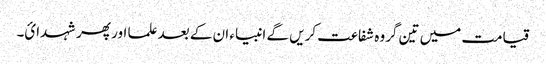
قیامت میں تین گروہ شفاعت کریں گے انبیاء ان کے بعد علما اور پھر شہدائ۔